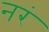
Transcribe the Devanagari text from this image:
नरं